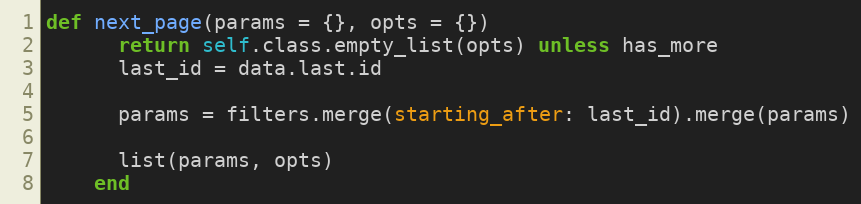
Language: Ruby
def next_page(params = {}, opts = {})
      return self.class.empty_list(opts) unless has_more
      last_id = data.last.id

      params = filters.merge(starting_after: last_id).merge(params)

      list(params, opts)
    end